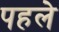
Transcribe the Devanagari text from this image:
पहलेे